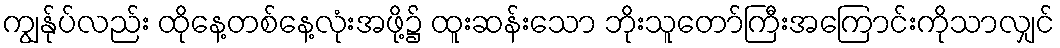
ကျွန်ုပ်လည်း ထိုနေ့တစ်နေ့လုံးအဖို့၌ ထူးဆန်းသော ဘိုးသူတော်ကြီးအကြောင်းကိုသာလျှင်